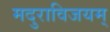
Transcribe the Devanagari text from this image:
मदुराविजयम्